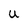
Character: U